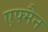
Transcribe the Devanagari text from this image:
एफ्मैन